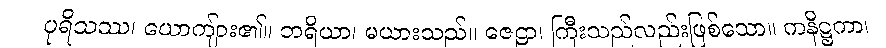
ပုရိသဿ၊ ယောကျ်ား၏။ ဘရိယာ၊ မယားသည်။ ဇေဠာ၊ ကြီးသည်လည်းဖြစ်သော။ ကနိဋ္ဌကာ၊